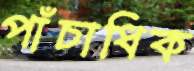
পাঁচাধিক